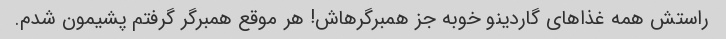
راستش همه غذاهای گاردینو خوبه جز همبرگرهاش! هر موقع همبرگر گرفتم پشیمون شدم.